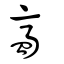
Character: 齍